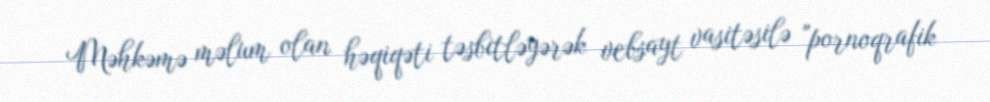
Məhkəmə məlum olan həqiqəti təsbitləyərək vebsayt vasitəsilə "pornoqrafik